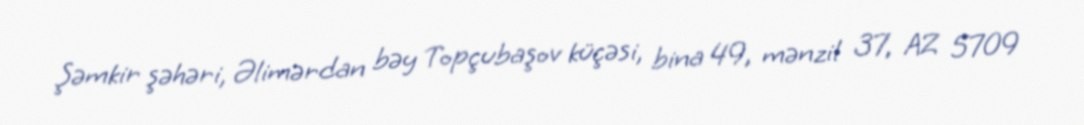
Şəmkir şəhəri, Əlimərdan bəy Topçubaşov küçəsi, bina 49, mənzil 37, AZ 5709